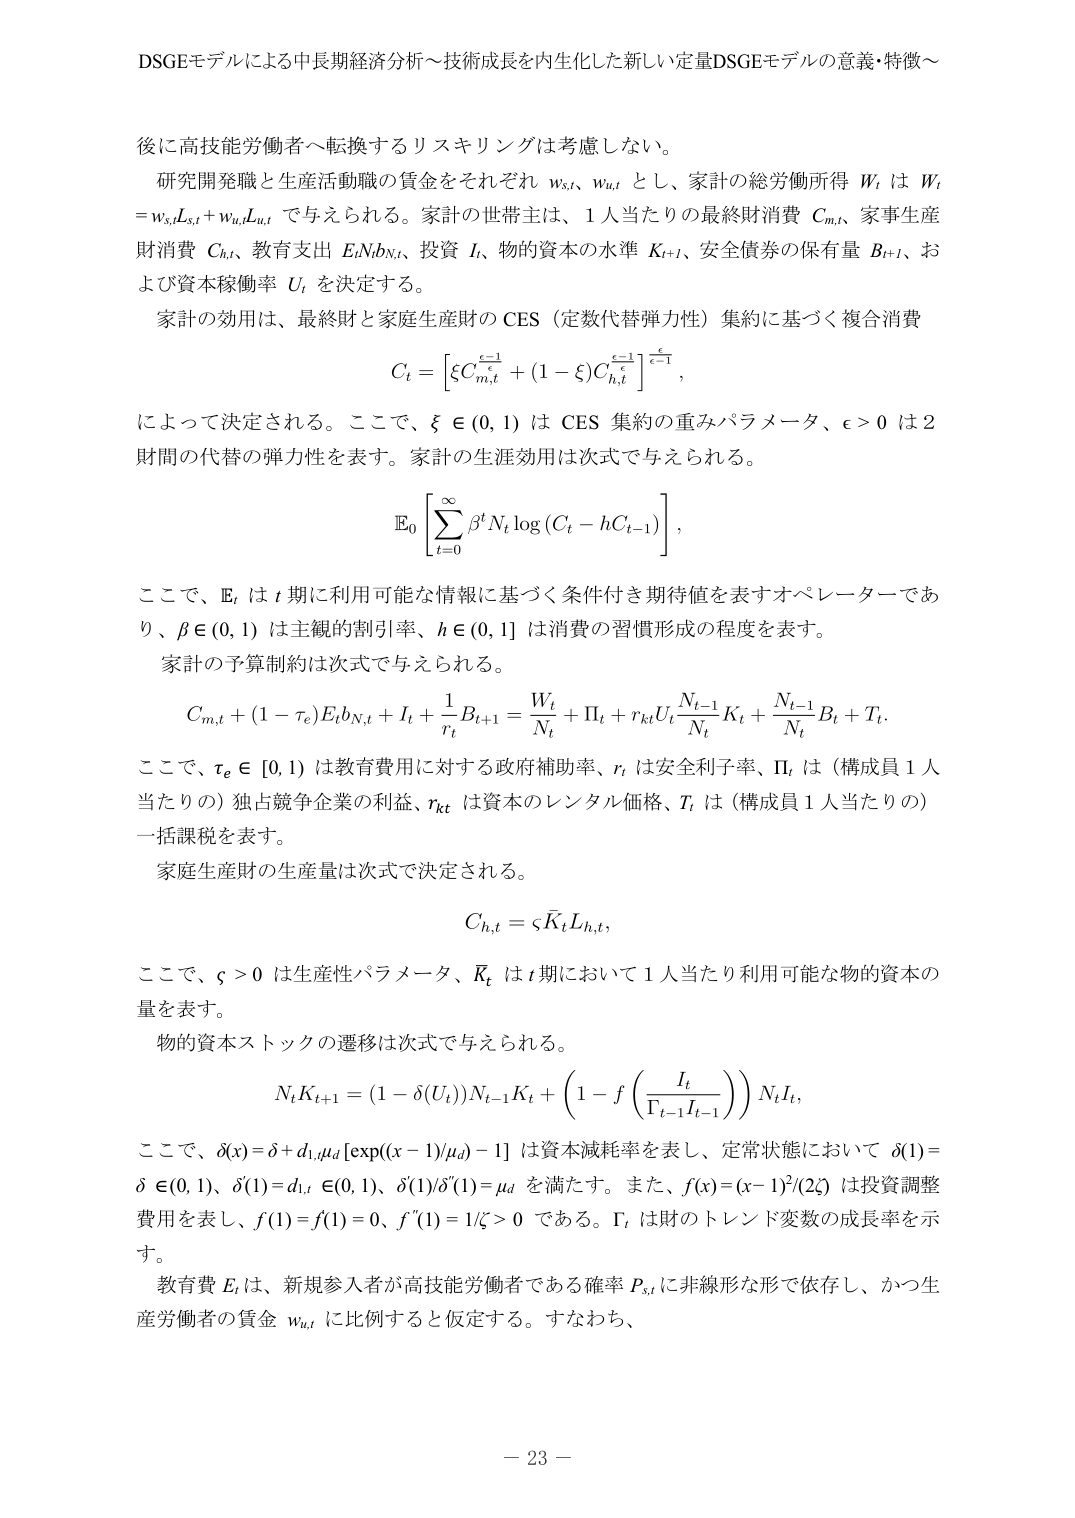
DSGEモデルによる中長期経済分析～技術成長を内生化した新しい定量DSGEモデルの意義・特徴～

後に高技能労働者へ転換するリスキリングは考慮しない。

研究開発職と生産活動職の賃金をそれぞれ $w_{s,t}$、$w_{u,t}$ とし、家計の総労働所得 $W_t$ は $W_t = w_{s,t}L_{s,t} + w_{u,t}L_{u,t}$ で与えられる。家計の世帯主は、1人当たりの最終財消費 $C_{m,t}$、家事生産財消費 $C_{h,t}$、教育支出 $E_tN_bN_t$、投資 $I_t$、物的資本の水準 $K_{t+1}$、安全債券の保有量 $B_{t+1}$、および資本稼働率 $U_t$ を決定する。

家計の効用は、最終財と家庭生産財の CES（定数代替弾力性）集約に基づく複合消費
$$
C_t = \left[ \xi C_{m,t}^{\frac{\epsilon-1}{\epsilon}} + (1-\xi)C_{h,t}^{\frac{\epsilon-1}{\epsilon}} \right]^{\frac{\epsilon}{\epsilon-1}},
$$
によって決定される。ここで、$\xi \in (0,1)$ は CES 集約の重みパラメータ、$\epsilon > 0$ は 2 財間の代替の弾力性を表す。家計の生涯効用は次式で与えられる。
$$
\mathbb{E}_0 \left[ \sum_{t=0}^{\infty} \beta^t N_t \log \left( C_t - hC_{t-1} \right) \right],
$$
ここで、$\mathbb{E}_t$ は $t$ 期に利用可能な情報に基づく条件付き期待値を表すオペレーターであり、$\beta \in (0,1)$ は主観的割引率、$h \in (0,1]$ は消費の習慣形成の程度を表す。

家計の予算制約は次式で与えられる。
$$
C_{m,t} + (1-\tau_e)E_t b_{N,t} + I_t + \frac{1}{r_t}B_{t+1} = \frac{W_t}{N_t} + \Pi_t + r_{kt}U_t \frac{N_{t-1}}{N_t}K_t + \frac{N_{t-1}}{N_t}B_t + T_t.
$$
ここで、$\tau_e \in [0,1)$ は教育費用に対する政府補助率、$r_t$ は安全利子率、$\Pi_t$ は（構成員 1 人当たりの）独占競争企業の利益、$r_{kt}$ は資本のレンタル価格、$T_t$ は（構成員 1 人当たりの）一括課税を表す。

家庭生産財の生産量は次式で決定される。
$$
C_{h,t} = \zeta \bar{K}_t L_{h,t},
$$
ここで、$\zeta > 0$ は生産性パラメータ、$\bar{K}_t$ は $t$ 期において 1 人当たり利用可能な物的資本の量を表す。

物的資本ストックの遷移は次式で与えられる。
$$
N_t K_{t+1} = (1-\delta(U_t))N_{t-1}K_t + \left(1 - f\left( \frac{I_t}{\Gamma_{t-1}I_{t-1}} \right) \right) N_t I_t,
$$
ここで、$\delta(x) = \delta + d_{1,\mu_d}[\exp((x-1)/\mu_d) - 1]$ は資本減耗率を表し、定常状態において $\delta(1) = \delta \in (0,1)$、$\delta'(1) = d_{1,t} \in (0,1)$、$\delta'(1)\delta''(1) = \mu_d$ を満たす。また、$f(x) = (x-1)^2/(2\zeta)$ は投資調整費用を表し、$f(1) = f'(1) = 0$、$f''(1) = 1/\zeta > 0$ である。$\Gamma_t$ は財のトレンド変数の成長率を示す。

教育費 $E_t$ は、新規参入者が高技能労働者である確率 $P_{s,t}$ に非線形な形で依存し、かつ生産労働者の賃金 $w_{u,t}$ に比例すると仮定する。すなわち、

－ 23 －